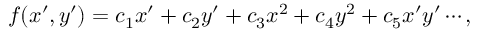
f ( x ^ { \prime } , y ^ { \prime } ) = c _ { 1 } x ^ { \prime } + c _ { 2 } y ^ { \prime } + c _ { 3 } x ^ { 2 } + c _ { 4 } y ^ { 2 } + c _ { 5 } x ^ { \prime } y ^ { \prime } \cdots ,